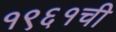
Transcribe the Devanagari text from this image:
१९६१ची